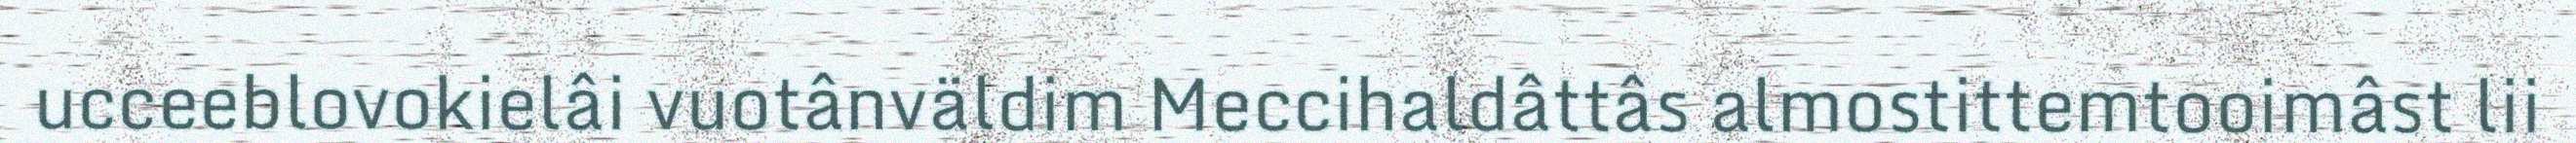
ucceeblovokielâi vuotânväldim Meccihaldâttâs almostittemtooimâst lii